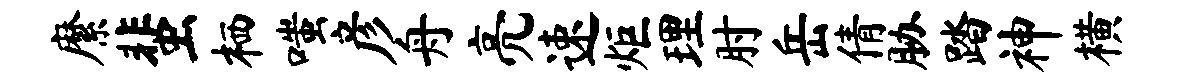
縻蜚栖嗤彦舟亮速炬理肘岳倩胁踏神横